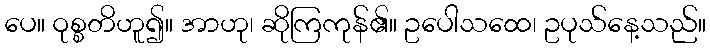
ပေ။ ဝုစ္စတိဟူ၍။ အာဟု၊ ဆိုကြကုန်၏။ ဥပေါသထေ၊ ဥပုသ်နေ့သည်။